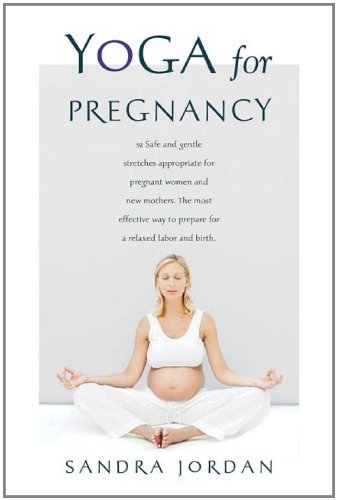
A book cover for Yoga for Pregnancy: Ninety-Two Safe, Gentle Stretches Appropriate for Pregnant Women & New Mothers; Sandra Jordan; Health, Fitness & Dieting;